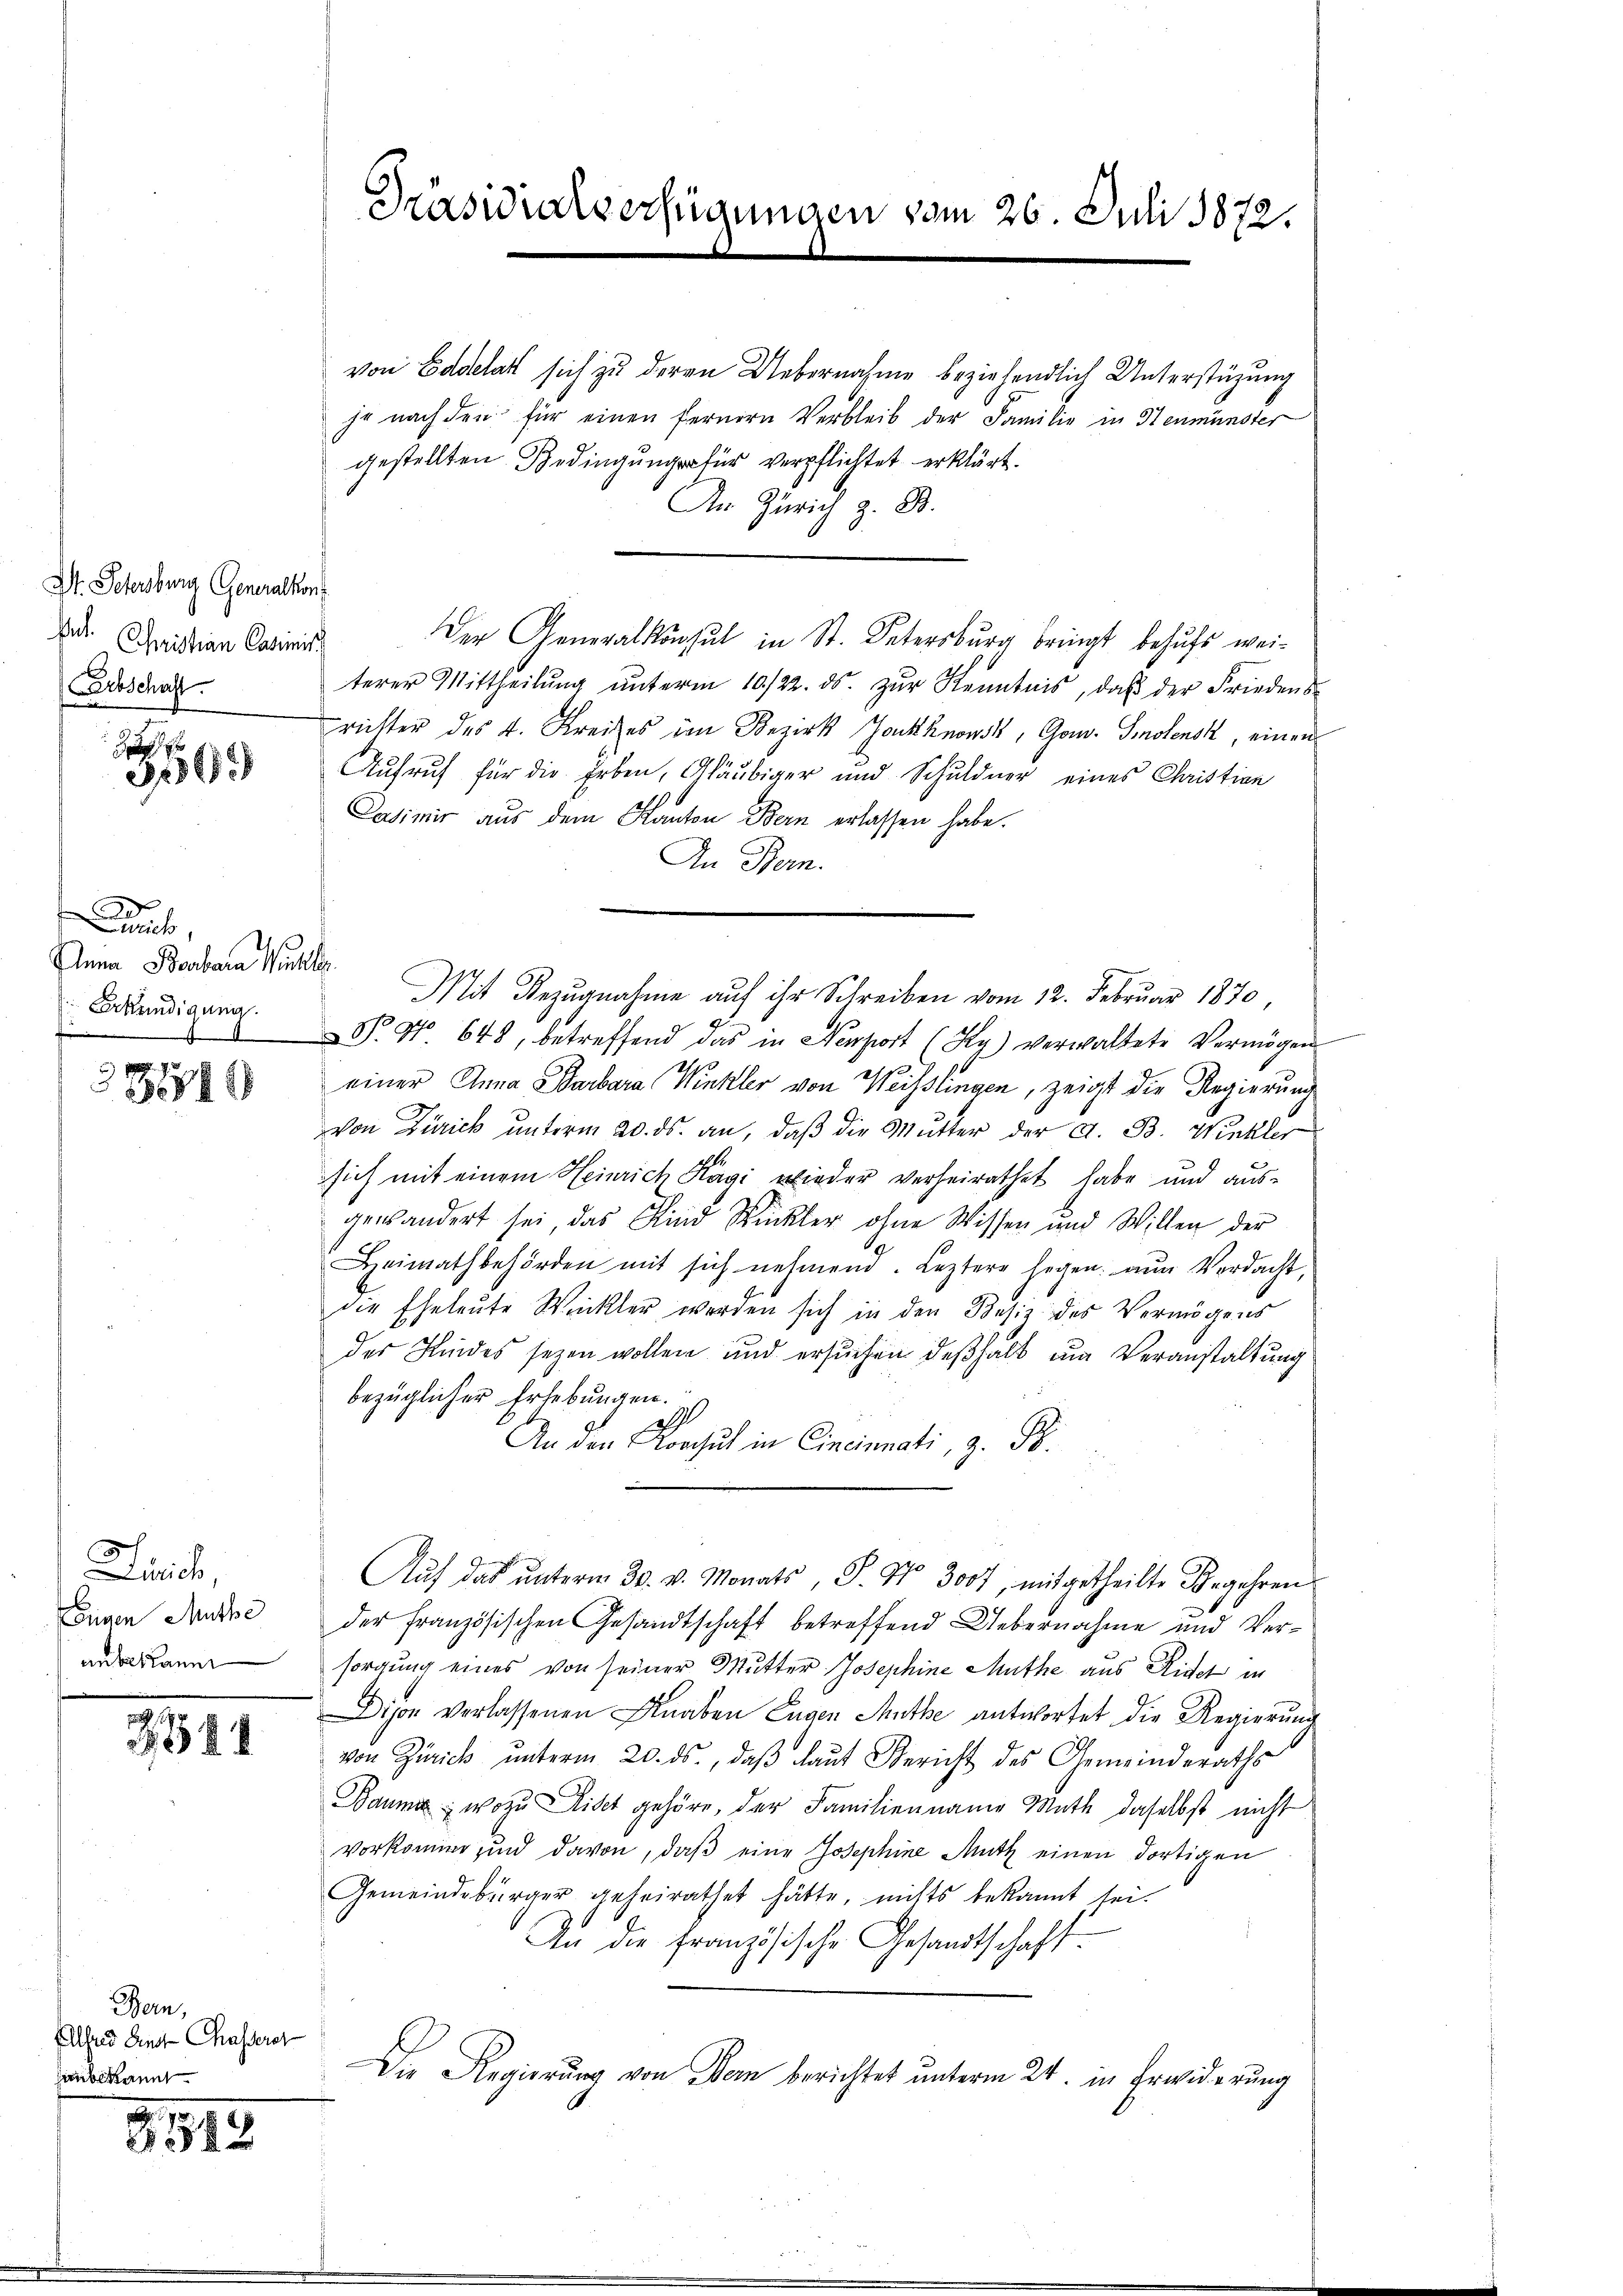
Dr. Schersburg Generalkon
.
Christian Casimis
Erbschaft.

336.

e
rich
Anna Barbara Winkler
 Erkundigung.
t

38849

Lini
Eigen Muthe
unbekann

3381

Bern,
Alsund Einst Chasseret
unbekannt

8519

von Badeat sich zu deren Uebernahme beziehendlich Unterstüzung
je nach den für einen fernern Verbleib der Familie in Steumünster
gestellten Bedingung für verpflichtet erklärt.
An Zürich B
Der Generalkonsul in St. Petersburg bringt behufs weiterer Mittheilŭng ŭnterm 10/22. ds. zŭr Kenntnis, daβ der Friedens-
richter des k. Kreises im Bezirk Jokknonst, Gow. Smolensk, einen
Aufruf für die Erben, Gläubiger und Schuldner eines Christian
6
Casimir aus dem Kanton Bern erlassen habe.
In Bern.
Mit Bezugnahme auf ihr Schreiben vom 12. Februar 1870,
P. No 648, betreffend das in Neaport (Ky) verwaltete Vermögen
p
einer Anna Barbara (Winkler von Weisslingen, zeigt die Regierung
von Zürich unterm 20. ds. an, daβ die Mutter der A. B. Winkler
sich mit einem Heinrich Kägi wieder verheirathet habe und ausgewandert sei das Kind Wuckler ohne Wissen und Willen der
Heimathbehörden mit sich nehmend. Leztere hegen zŭr Verdacht,
die Eheleute Winkler werden sich in den Besiz des Vermögens
des Kindes seyen wollen und ersuchen deßhalb um Veranstaltung
bezüglicher Erhebungen.
2
An den Korcul in Cincinati, 9. Fr.
Auf das ŭnterm 30. v. Monats, P. Nr. 300f, mitgetheilte Ehegehren
der Französischen Gesandtschaft betreffend Uebernahme und Versorgung eines von seiner Mutter Josephine Muthe aus Kindet in
Dison verlassenen Knaben Eugen Muthe antwortet die Regierung
von Zürich ŭnterm 20. ds., daβ laut Bericht des Gemeinderaths
Baumer, wozu Liset gehöre, der Familienname Math daselbst nicht
vorkomme und davon, daβ eine Josephine Mutz einen dortigen
Gemeindebürger geheirathet hätte, nichts bekannt sei.
An die Französische Gesandtschaft
Die Regierung von Bern berichtet unterm 24. in Erwiderung

Präsidialverfügungen vom 26. Juli 1872.